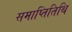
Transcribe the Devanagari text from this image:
समाप्तितिथि